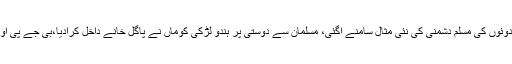
07 مئی2018ء) بھارتی ریاست کیرالہ میںہندوئوں کی مسلم دشمنی کی نئی مثال سامنے آگئی، مسلمان سے دوستی پر ہندو لڑکی کوماں نے پاگل خانے داخل کرادیا،بی جے پی اور آر ایس ایس کے کارکن ہراساں کررہے ہیں۔